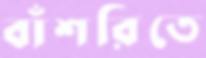
বাঁশরিতে